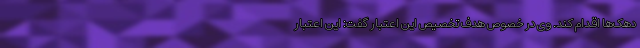
دهک‌ها اقدام کند. وی در خصوص هدف تخصیص این اعتبار گفت: این اعتبار